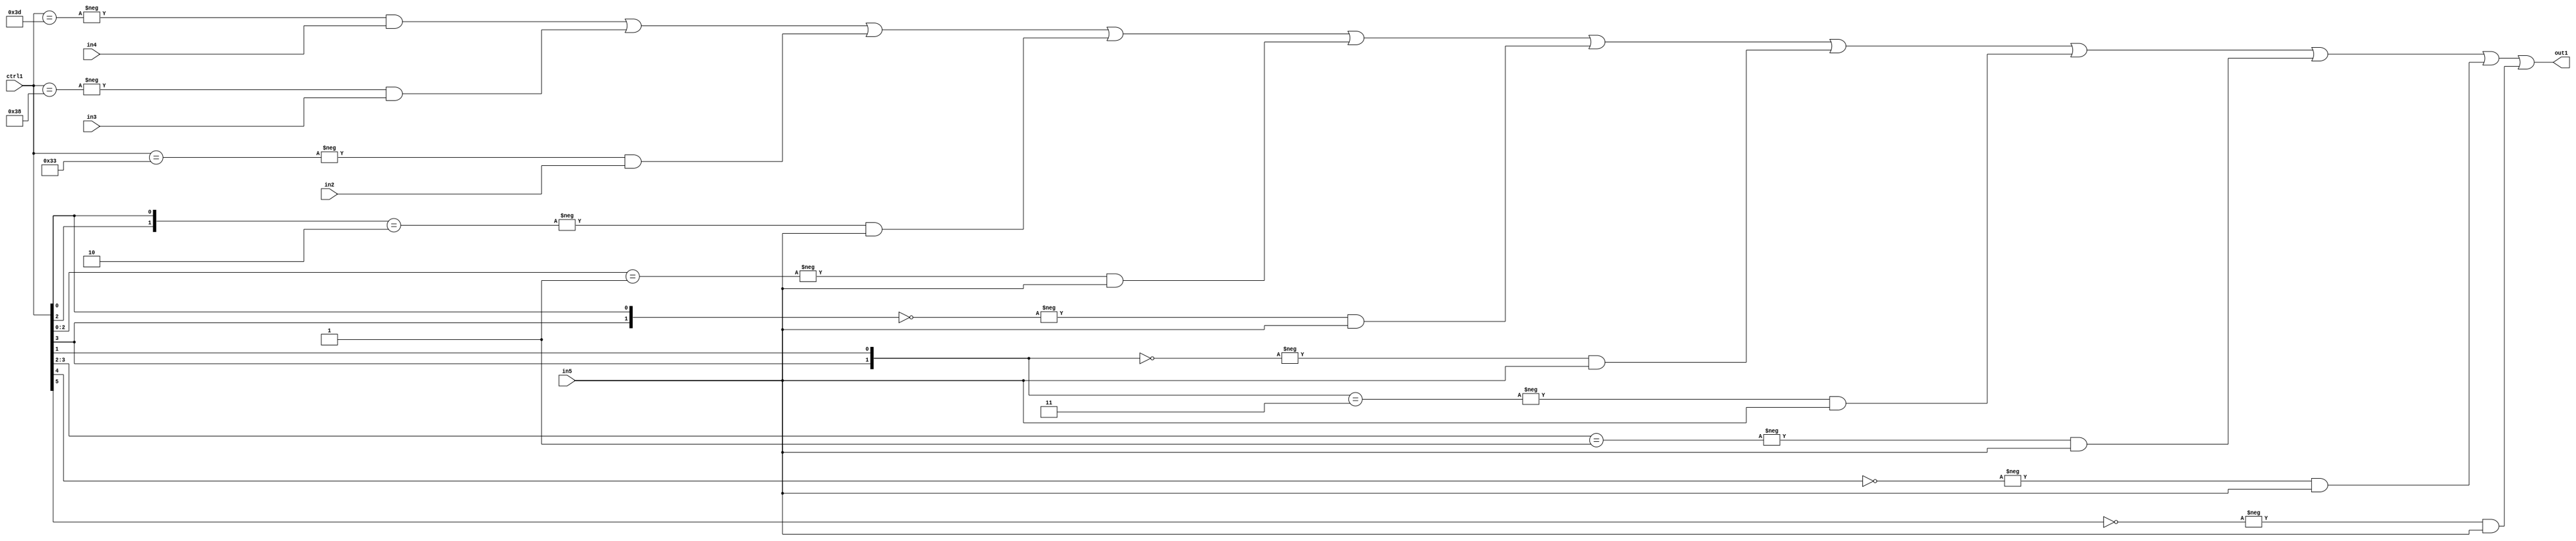
`timescale 1ps / 1ps
/*****************************************************************************
    Verilog RTL Description
    
    
    Created by: Stratus DpOpt 21.05.01 
*******************************************************************************/

module SobelFilter_N_Mux_32_4_35_4 (
	in5,
	in4,
	in3,
	in2,
	ctrl1,
	out1
	); /* architecture "behavioural" */ 
input [31:0] in5;
input [8:0] in4,
	in3,
	in2;
input [5:0] ctrl1;
output [31:0] out1;
wire [31:0] asc001;

assign asc001 = 
	-{ctrl1 == 6'B111101} & in4 |
	-{ctrl1 == 6'B111000} & in3 |
	-{ctrl1 == 6'B110011} & in2 |
	-{{ctrl1[2], ctrl1[0]} == 2'B10} & in5 |
	-{ctrl1[2:0] == 3'B001} & in5 |
	-{{ctrl1[3], ctrl1[0]} == 2'B00} & in5 |
	-{{ctrl1[3], ctrl1[1]} == 2'B00} & in5 |
	-{{ctrl1[3], ctrl1[1]} == 2'B11} & in5 |
	-{ctrl1[3:2] == 2'B01} & in5 |
	-{ctrl1[4] == 1'B0} & in5 |
	-{ctrl1[5] == 1'B0} & in5 ;

assign out1 = asc001;
endmodule

/* CADENCE  vbH3Swo= : u9/ySxbfrwZIxEzHVQQV8Q== ** DO NOT EDIT THIS LINE ******/